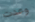
وعدت